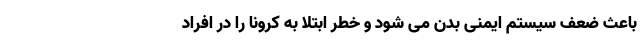
باعث ضعف سیستم ایمنی بدن می شود و خطر ابتلا به کرونا را در افراد